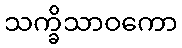
သက္ခိသာဝကော